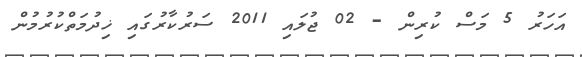
އަހަރު 5 މަސް ކުރިން - 02 ޖުލައި 2011 ސަރުކާރުގައި ޚިދުމަތްކުރުމުން